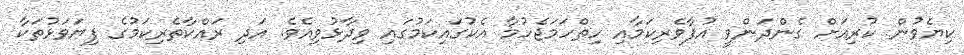
ކިޔެވުން ކުރިއަށް ގެންދަންވީ އުފާވެރިކަމާއި ހިތްހަމަޖެހުމާ އެކުގައިކަމުގައި ވިދާޅުވިއެވެ. އަދި ރައްކާތެރިކަމުގެ ފިޔަވަޅުތަކާ